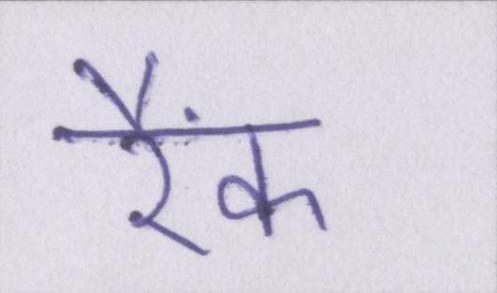
रैंक